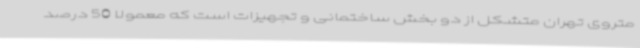
متروی تهران متشکل از دو بخش ساختمانی و تجهیزات است که معمولا 50 درصد